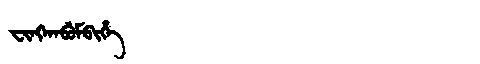
Manchu: ᠸᡳᠩᡴᠠᠪᡠᠮᠪᡳᡥᡝ
Romanization: FINGKABUMBIHE